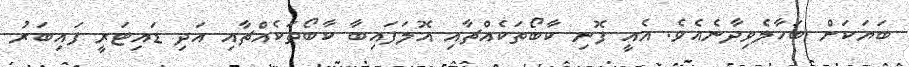
ބަޔަކަށް ބަހާލެވިދާނެއެވެ. އެއީ ފޮނި ކާބޯތަކެއްޗާއި އޮލަފައިބާ ކާބޯތަކެއްޗާއި އަދި ޑައިޓަރީ ފައިބަރު